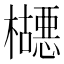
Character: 𬅂